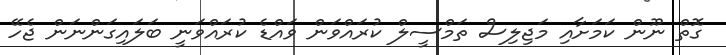
ގޮތް ނޫން ކަމަށާއި މަޖިލިސް ތަމްސީލް ކުރައްވަން ވައްޑެ ކުރައްވަނީ ބަލައިގަންނަން ޖެހޭ